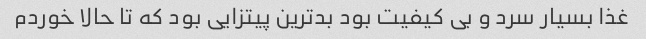
غذا بسیار سرد و بی کیفیت بود بدترین پیتزایی بود که تا حالا خوردم